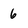
Character: 6